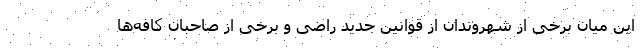
این میان برخی از شهروندان از قوانین جدید راضی و برخی از صاحبان کافه‌ها